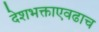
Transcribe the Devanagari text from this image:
देशभक्ताएवढाच